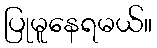
ပြုမူနေရမယ်။